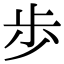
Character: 歩